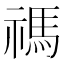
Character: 禡